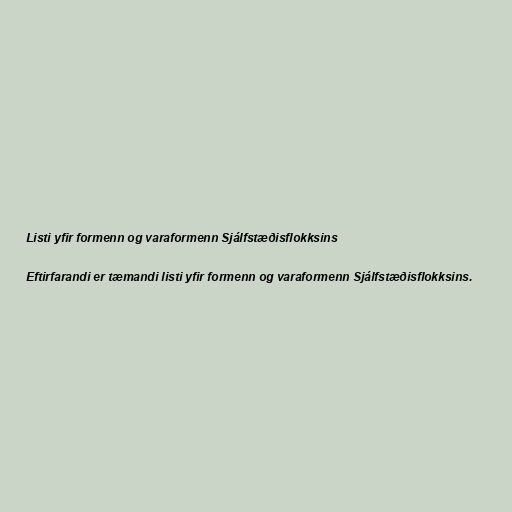
Listi yfir formenn og varaformenn Sjálfstæðisflokksins

Eftirfarandi er tæmandi listi yfir formenn og varaformenn Sjálfstæðisflokksins.